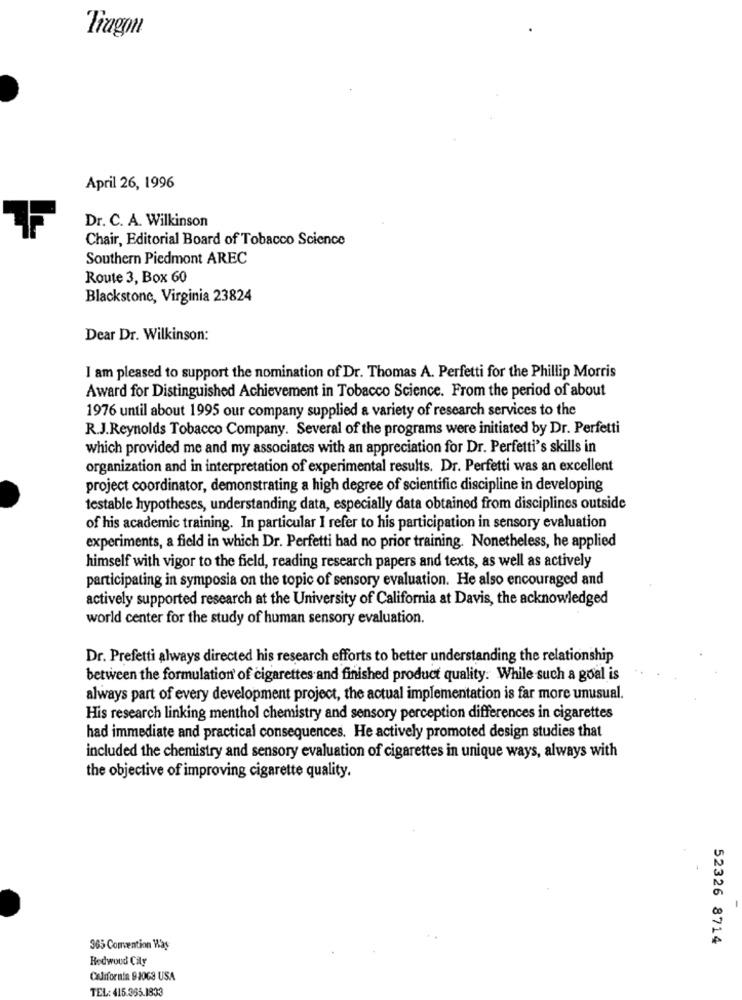
Tiagon
April 26, 1996
Dr. C. A. Wilkinson
Chair, Editorial Board of Tobacco Science
Southern Piedmont AREC
Route 3, Box 60
Blackstone, Virginia 23824
Dear Dr. Wilkinson:
I am pleased to support the nomination of Dr. Thomas A. Perfetti for the Phillip Morris
Award for Distinguished Achievement in Tobacco Science. From the period of about
1976 until about 1995 our company supplied a variety of research services to the
R.J.Reynolds Tobacco Company. Several of the programs were initiated by Dr. Perfetti
which provided me and my associates with an appreciation for Dr. Perfetti's skills in
organization and in interpretation of experimental results. Dr. Perfetti was an excellent
project coordinator, demonstrating a high degree of scientific discipline in developing
testable hypotheses, understanding data, especially data obtained from disciplines outside
of his academic training. In particular I refer to his participation in sensory evaluation
experiments, a field in which Dr. Perfetti had no prior training. Nonetheless, he applied
himself with vigor to the field, reading research papers and texts, as well as actively
participating in symposia on the topic of sensory evaluation. He also encouraged and
actively supported research at the University of California at Davis, the acknowledged
world center for the study of human sensory evaluation.
Dr. Prefetti always directed his research efforts to better understanding the relationship
between the formulation of cigarettes and finished product quality. While such a goal is
always part of every development project, the actual implementation is far more unusual.
His research linking menthol chemistry and sensory perception differences in cigarettes
had immediate and practical consequences. He actively promoted design studies that
included the chemistry and sensory evaluation of cigarettes in unique ways, always with
the objective of improving cigarette quality.
52326 8714
365 Comvention Was
Redwood City
California 93063 USA
TEL: 415.365.1833